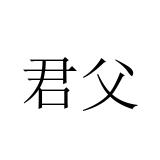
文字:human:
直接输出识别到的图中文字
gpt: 君父